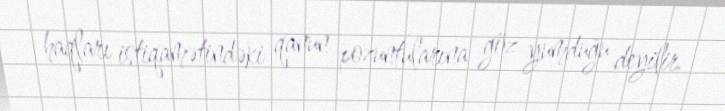
haqları istiqamətindəki qanun pozuntularına göz yumduğu deyilir.